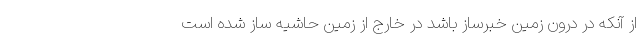
از آنکه در درون زمین خبرساز باشد در خارج از زمین حاشیه ساز شده است